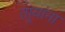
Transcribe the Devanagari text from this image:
तार्‍यांना